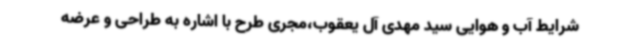
شرایط آب و هوایی سید مهدی آل یعقوب،مجری طرح با اشاره به طراحی و عرضه